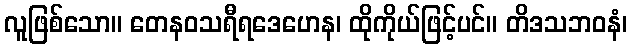
လူဖြစ်သော။ တေနဝသရီရဒေဟေန၊ ထိုကိုယ်ဖြင့်ပင်။ တိဒသဘဝနံ၊